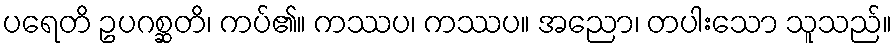
ပရေတိ ဥပဂစ္ဆတိ၊ ကပ်၏။ ကဿပ၊ ကဿပ။ အညော၊ တပါးသော သူသည်။